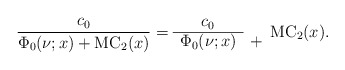
\begin{align*}\frac{c_0}{\Phi_0(\nu;x)+\mathrm{MC}_2(x)}=\begin{array}{cc}c_0& \\\cline{1-1}\Phi_0(\nu;x) & +\end{array}\mathrm{MC}_2(x).\end{align*}